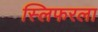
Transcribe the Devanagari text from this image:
स्लिफरला